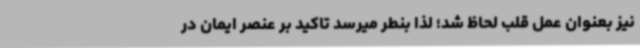
نیز بعنوان عمل قلب لحاظ شد؛ لذا بنطر میرسد تاکید بر عنصر ایمان در